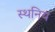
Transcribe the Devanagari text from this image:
स्थनिय